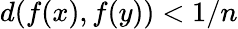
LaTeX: d(f(x),f(y))<1/n